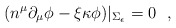
\begin{align*}(n^\mu\partial_\mu \phi-\xi \kappa \phi )|_{\Sigma_\epsilon}=0~~,\end{align*}